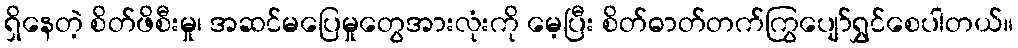
ရှိနေတဲ့ စိတ်ဖိစီးမှု၊ အဆင်မပြေမှုတွေအားလုံးကို မေ့ပြီး စိတ်ဓာတ်တက်ကြွပျော်ရွှင်စေပါတယ်။